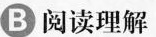
B 阅读理解